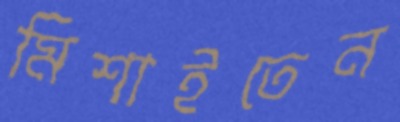
মিশাইতেন